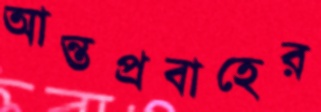
আন্তপ্রবাহের